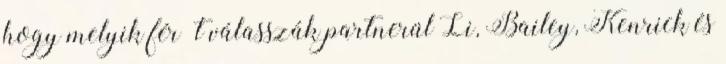
hogy melyik férﬁt válasszák partnerül Li, Bailey, Kenrick és